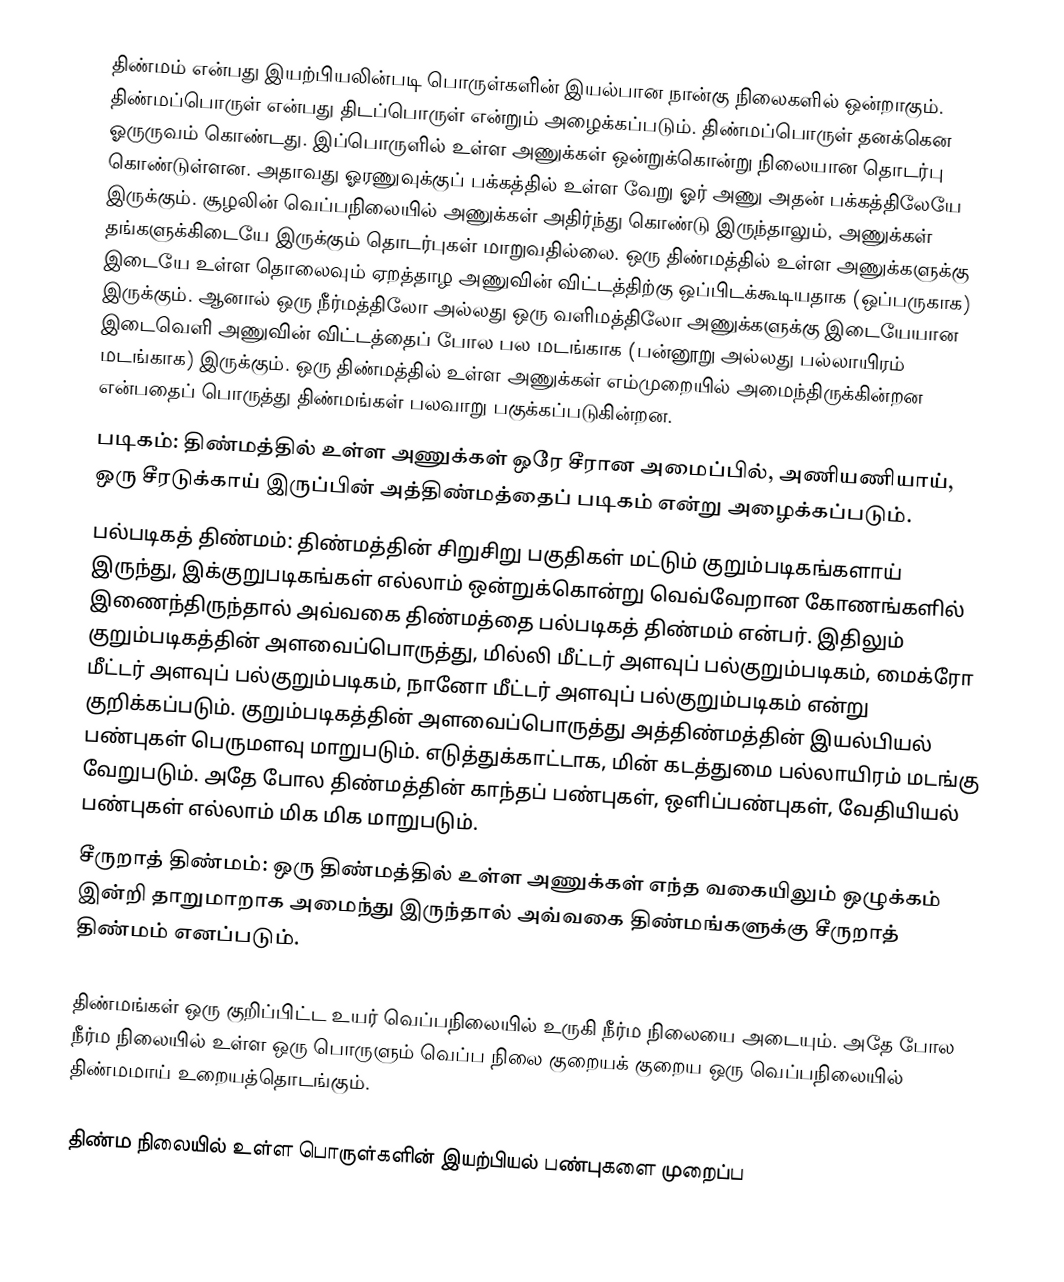
திண்மம் என்பது இயற்பியலின்படி பொருள்களின் இயல்பான நான்கு நிலைகளில் ஒன்றாகும். திண்மப்பொருள் என்பது திடப்பொருள் என்றும் அழைக்கப்படும். திண்மப்பொருள் தனக்கென ஓருருவம் கொண்டது. இப்பொருளில் உள்ள அணுக்கள் ஒன்றுக்கொன்று நிலையான தொடர்பு கொண்டுள்ளன. அதாவது ஓரணுவுக்குப் பக்கத்தில் உள்ள வேறு ஓர் அணு அதன் பக்கத்திலேயே இருக்கும். சூழலின் வெப்பநிலையில் அணுக்கள் அதிர்ந்து கொண்டு இருந்தாலும், அணுக்கள் தங்களுக்கிடையே இருக்கும் தொடர்புகள் மாறுவதில்லை. ஒரு திண்மத்தில் உள்ள அணுக்களுக்கு இடையே உள்ள தொலைவும் ஏறத்தாழ அணுவின் விட்டத்திற்கு ஒப்பிடக்கூடியதாக (ஒப்பருகாக) இருக்கும். ஆனால் ஒரு நீர்மத்திலோ அல்லது ஒரு வளிமத்திலோ அணுக்களுக்கு இடையேயான இடைவெளி அணுவின் விட்டத்தைப் போல பல மடங்காக (பன்னூறு அல்லது பல்லாயிரம் மடங்காக) இருக்கும். ஒரு திண்மத்தில் உள்ள அணுக்கள் எம்முறையில் அமைந்திருக்கின்றன என்பதைப் பொருத்து திண்மங்கள் பலவாறு பகுக்கப்படுகின்றன.
 படிகம்: திண்மத்தில் உள்ள அணுக்கள் ஒரே சீரான அமைப்பில், அணியணியாய், ஒரு சீரடுக்காய் இருப்பின் அத்திண்மத்தைப் படிகம் என்று அழைக்கப்படும்.
 பல்படிகத் திண்மம்: திண்மத்தின் சிறுசிறு பகுதிகள் மட்டும் குறும்படிகங்களாய் இருந்து, இக்குறுபடிகங்கள் எல்லாம் ஒன்றுக்கொன்று வெவ்வேறான கோணங்களில் இணைந்திருந்தால் அவ்வகை திண்மத்தை பல்படிகத் திண்மம் என்பர். இதிலும் குறும்படிகத்தின் அளவைப்பொருத்து, மில்லி மீட்டர் அளவுப் பல்குறும்படிகம், மைக்ரோ மீட்டர் அளவுப் பல்குறும்படிகம், நானோ மீட்டர் அளவுப் பல்குறும்படிகம் என்று குறிக்கப்படும். குறும்படிகத்தின் அளவைப்பொருத்து அத்திண்மத்தின் இயல்பியல் பண்புகள் பெருமளவு மாறுபடும். எடுத்துக்காட்டாக, மின் கடத்துமை பல்லாயிரம் மடங்கு வேறுபடும். அதே போல திண்மத்தின் காந்தப் பண்புகள், ஒளிப்பண்புகள், வேதியியல் பண்புகள் எல்லாம் மிக மிக மாறுபடும்.
 சீருறாத் திண்மம்: ஒரு திண்மத்தில் உள்ள அணுக்கள் எந்த வகையிலும் ஒழுக்கம் இன்றி தாறுமாறாக அமைந்து இருந்தால் அவ்வகை திண்மங்களுக்கு சீருறாத் திண்மம் எனப்படும்.

திண்மங்கள் ஒரு குறிப்பிட்ட உயர் வெப்பநிலையில் உருகி நீர்ம நிலையை அடையும். அதே போல நீர்ம நிலையில் உள்ள ஒரு பொருளும் வெப்ப நிலை குறையக் குறைய ஒரு வெப்பநிலையில் திண்மமாய் உறையத்தொடங்கும்.

திண்ம நிலையில் உள்ள பொருள்களின் இயற்பியல் பண்புகளை முறைப்ப